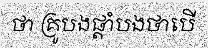
ថា គ្រូបងផ្តាំបងថាបើ